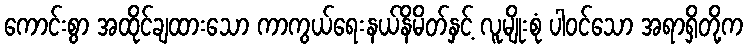
ကောင်းစွာ အထိုင်ချထားသော ကာကွယ်ရေးနယ်နိမိတ်နှင့် လူမျိုးစုံ ပါဝင်သော အရာရှိတို့က